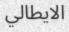
الایطالي